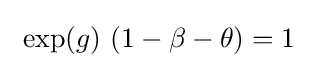
~\exp(g)~(1-\beta -\theta )=1~